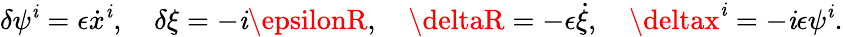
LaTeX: \delta\psi^{\mathit{i}}=\epsilon\dot{{x}}^{\mathit{i}},\quad\delta\xi=-\mathit{i}\epsilonR,\quad\deltaR=-\epsilon\dot{{\xi}},\quad\deltax^{\mathit{i}}=-\mathit{i}\epsilon\psi^{\mathit{i}}.